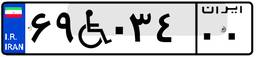
۶۹W۰۳۴۰۰